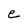
Character: e